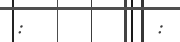
:         :